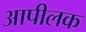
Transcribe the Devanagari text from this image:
आपीलक